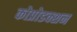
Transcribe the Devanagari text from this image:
कोप्रोडक्शन